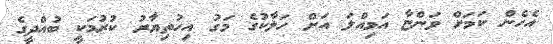
އެހެން ކަމަށް ވަންޏާ އަމިއްލަ އަށް ހަލާކުގެ މަގު އިހުތިޔާރު ކުރުމަކީ ބުއްދީގެ